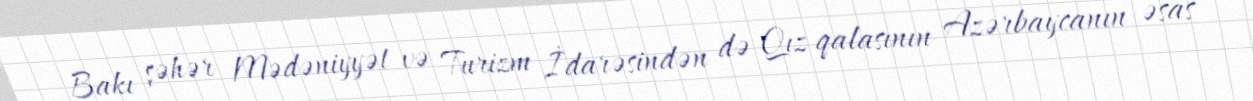
Bakı şəhər Mədəniyyət və Turizm İdarəsindən də Qız qalasının Azərbaycanın əsas